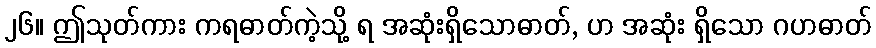
၂၆။ ဤသုတ်ကား ကရဓာတ်ကဲ့သို့ ရ အဆုံးရှိသောဓာတ်, ဟ အဆုံး ရှိသော ဂဟဓာတ်